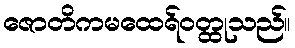
ဇောတိကမထေရ်ဝတ္ထုသည်။